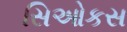
સિઓકસ